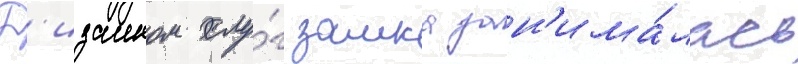
Д'изаином слу́г замка зан'има́лась